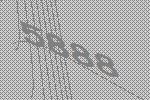
5888